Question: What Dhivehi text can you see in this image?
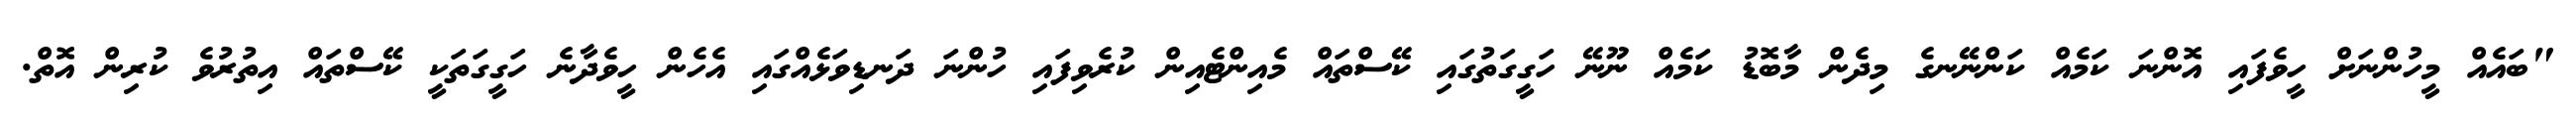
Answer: "ބައެއް މީހުންނަށް ހީވެފައި އޮންނަ ކަމެއް ކަންނޭނގެ މިދެން މާބޮޑު ކަމެއް ނޫނޭ ހަގީގަތުގައި ކޭސްތައް މެއިންޓެއިން ކުރެވިފައި ހުންނަ ދަނޑިވަޅެއްގައި އެހެން ހީވެދާނެ ހަގީގަތަކީ ކޭސްތައް އިތުރުވެ ކުރިން އޮތް.